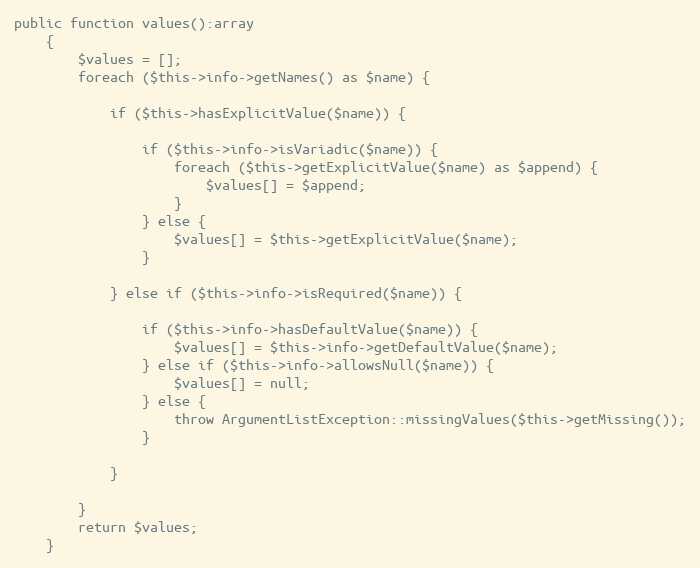
Language: PHP
public function values():array
    {
        $values = [];
        foreach ($this->info->getNames() as $name) {

            if ($this->hasExplicitValue($name)) {

                if ($this->info->isVariadic($name)) {
                    foreach ($this->getExplicitValue($name) as $append) {
                        $values[] = $append;
                    }
                } else {
                    $values[] = $this->getExplicitValue($name);
                }

            } else if ($this->info->isRequired($name)) {

                if ($this->info->hasDefaultValue($name)) {
                    $values[] = $this->info->getDefaultValue($name);
                } else if ($this->info->allowsNull($name)) {
                    $values[] = null;
                } else {
                    throw ArgumentListException::missingValues($this->getMissing());
                }

            }

        }
        return $values;
    }